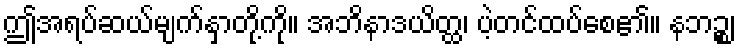
ဤအရပ်ဆယ်မျက်နှာတို့ကို။ အဘိနာဒယိတ္ထ၊ ပဲ့တင်ထပ်စေ၏။ နဘဉ္စ၊